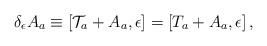
LaTeX: \begin{align*}\delta_{\epsilon} A_{a} \equiv [{\cal T}_{a} + A_{a},\epsilon]=[T_{a} + A_{a},\epsilon]\, ,\end{align*}